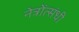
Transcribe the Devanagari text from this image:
नेत्रोंत्संधी